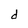
Character: d